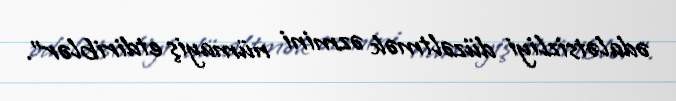
ədalətsizliyi düzəltmək əzmini nümayiş etdiriblər”.